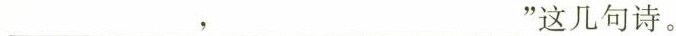
___，___”这几句诗。